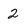
Character: 2